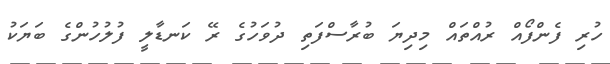
ހުރި ފެންފޯއް ރުއްތައް މިދިޔަ ބުރާސްފަތި ދުވަހުގެ ރޭ ކަނޑާލީ ފުލުހުންގެ ބަޔަކު